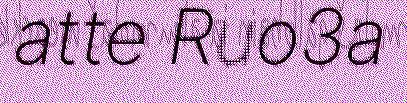
atte Ruo3a